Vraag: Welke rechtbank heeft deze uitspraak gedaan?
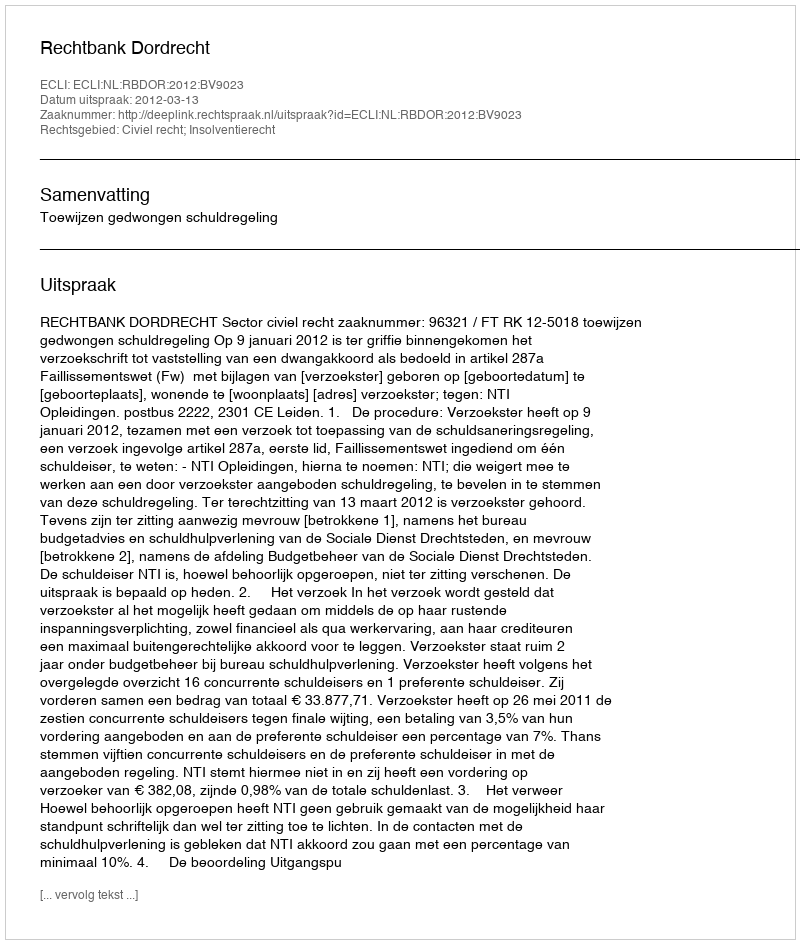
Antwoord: Rechtbank Dordrecht